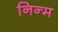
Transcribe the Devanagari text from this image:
निन्‍म